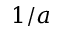
1 / a